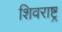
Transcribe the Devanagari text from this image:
शिवराष्ट्र